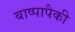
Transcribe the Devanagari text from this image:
बाष्पापैकी